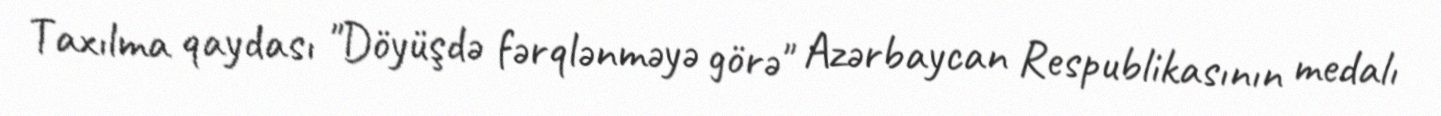
Taxılma qaydası "Döyüşdə fərqlənməyə görə" Azərbaycan Respublikasının medalı